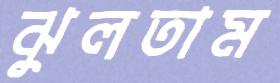
ঝুলতাম